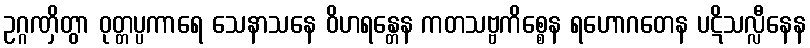
ဥဂ္ဂဏှိတွာ ဝုတ္တပ္ပကာရေ သေနာသနေ ဝိဟရန္တေန ကတသဗ္ဗကိစ္စေန ရဟောဂတေန ပဋိသလ္လီနေန